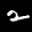
Label: 2